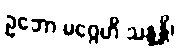
ဥဘော မဂ္ဂေဟိ သန္ဒန္တိ၊